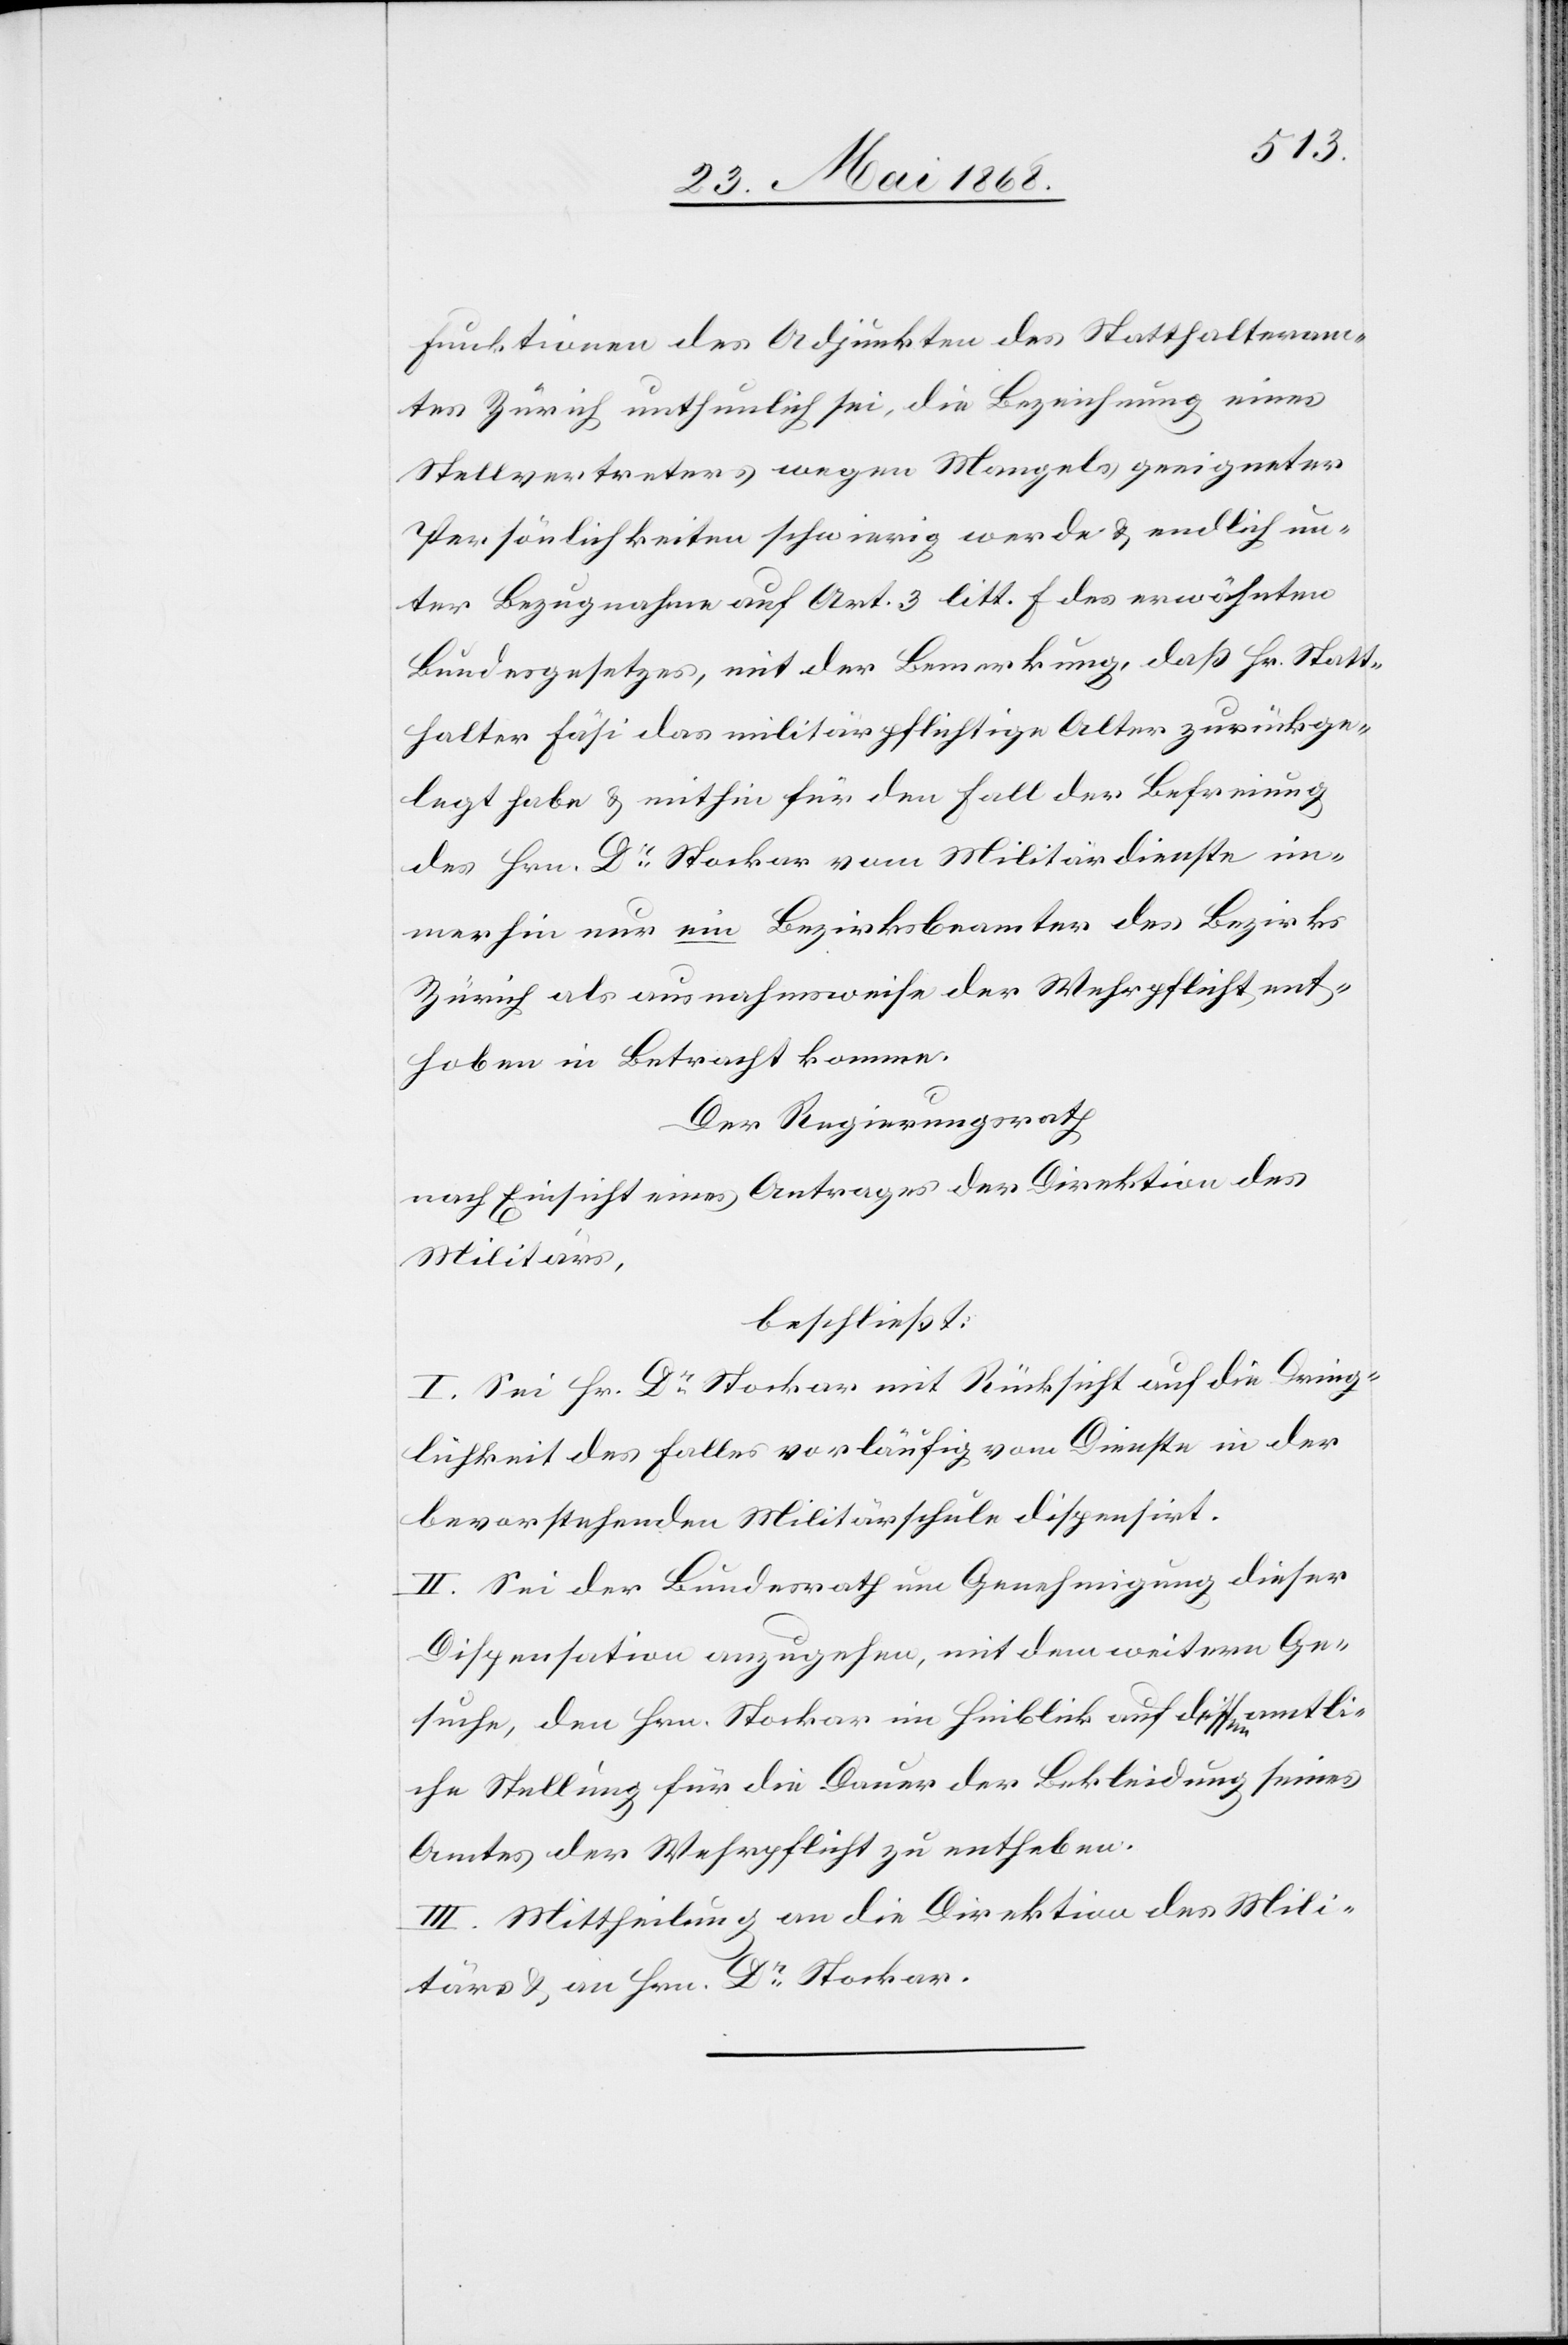
Funktionen des Adjunkten des Statthalteram¬
tes Zürich unthunlich sei, die Bezeichnung eines
Stellvertreters wegen Mangels geeigneter
Persönlichkeiten schwierig werde & endlich un¬
ter Bezugnahme auf Art. 3 litt. F des erwähnten
Bundesgesetzes, mit der Bemerkung, daß Hr. Statt¬
halter Fäsi das militärpflichtige Alter zurückge¬
legt habe & mithin für den Fall der Befreiung
des Hrn. Dr. Stockar vom Militärdienste im¬
merhin nur ein Bezirksbeamter des Bezirks
Zürich als ausnahmsweise der Wehrpflicht ent¬
hoben in Betracht komme.
Der Regierungsrath
nach Einsicht eines Antrages der Direktion des
Militärs,
beschließt:
I. Sei Hr. Dr. Stockar mit Rücksicht auf die Dring¬
lichkeit des Falles vorläufig vom Dienste in der
bevorstehenden Militärschule dispensirt.
II. Sei der Bundesrath um Genehmigung dieser
Dispensation anzugehen, mit dem weitern Ge¬
suche, den Hrn. Stockar im Hinblick auf dessen amtli¬
che Stellung für die Dauer der Bekleidung seines
Amtes der Wehrpflicht zu entheben.
III. Mittheilung an die Direktion des Mili¬
tärs & an Hrn. Dr. Stockar.